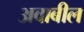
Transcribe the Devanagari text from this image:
अवाबील